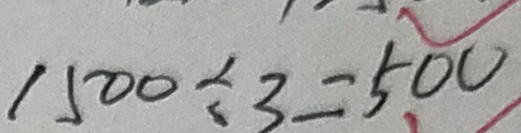
1 5 0 \div 3 = 5 0 0